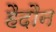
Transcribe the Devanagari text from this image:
हैदौन